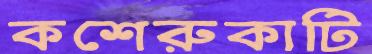
কশেরুকাটি